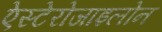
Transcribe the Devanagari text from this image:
ऐस्टेरोजाइलोन